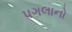
પગલાનો